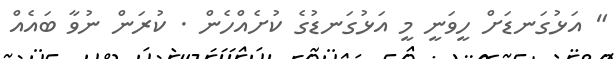
" އަޅުގަނޑަށް ހީވަނީ މީ އަޅުގަނޑުގެ ކުށެއްހެން . ކުރަން ނުވާ ބައެއް